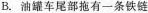
B.油罐车尾部拖有一条铁链